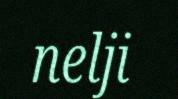
nelji